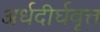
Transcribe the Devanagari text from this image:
अर्धदीर्घवृत्त